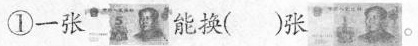
①一张能换( )张。